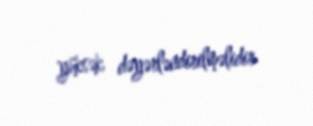
yüksək dəyərləndirilməlidir.